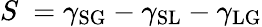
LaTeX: S\ =\gamma_{\mathrm{SG}}-\gamma_{\mathrm{SL}}-\gamma_{\mathrm{LG}}